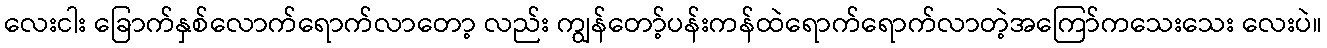
လေးငါး ခြောက်နှစ်လောက်ရောက်လာတော့ လည်း ကျွန်တော့်ပန်းကန်ထဲရောက်ရောက်လာတဲ့အကြော်ကသေးသေး လေးပဲ။